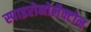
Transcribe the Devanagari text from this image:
स्पाइरोनोलैक्टोन